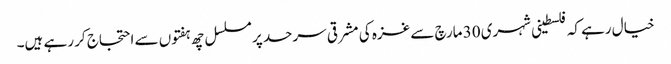
خیال رہے کہ فلسطینی شہری 30 مارچ سے غزہ کی مشرقی سرحد پر مسلسل چھ ہفتوں سے احتجاج کر رہے ہیں۔